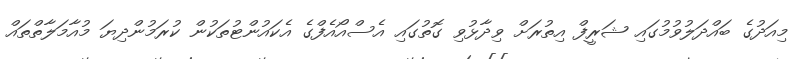
މިއަދުގެ ބައްދަލުވުމުގައި ޝަރީފް އިތުރަށް ވިދާޅުވި ގޮތުގައި އެސްއޯއެފްގެ އެކައުންޓުތަކުން ކުރަމުންދިޔަ މުއާމަލާތްތައް